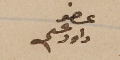
عضو داود عسى